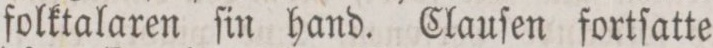
folktalaren ſin hand. Clauſen fortſatte